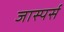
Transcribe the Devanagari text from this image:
जास्पर्स